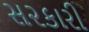
સ૨કારી